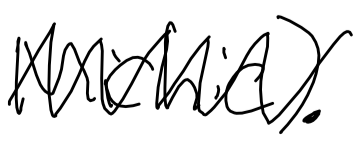
Text: Michie).
Cross-out: zig-zag
Writing tool: digital_black